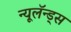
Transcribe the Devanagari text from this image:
न्यूलॅन्ड्स